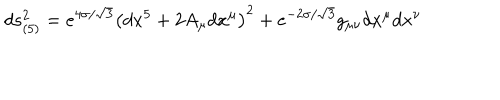
LaTeX: d s _ { ( 5 ) } ^ { 2 } = e ^ { 4 \sigma / \sqrt { 3 } } \left( d x ^ { 5 } + 2 A _ { \mu } d x ^ { \mu } \right) ^ { 2 } + e ^ { - 2 \sigma / \sqrt { 3 } } g _ { \mu \nu } d x ^ { \mu } d x ^ { \nu }